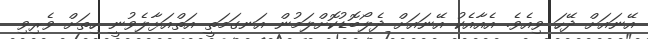
އޭނައަށް ދޭހަ ވިއެވެ. އެއާއެކު އޭނައަށް ދެލޯބޮޑުކޮށްލަމުން އަނގަމަތީ އަތްއަޅާލެވުނީ ހިތަށް ވެރިވި